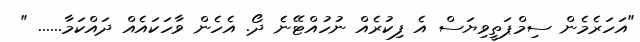
"އަހަރެމެން ސިމްޕަތީވިޔަސް އެ ފިކުރެއް ނުހުއްޓޭނެ ދޯ. އެހެން ވާހަކައެއް ދައްކަމާ...... "